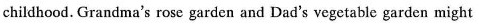
childhood. Grandma's rose garden and Dad's vegetable garden might